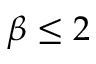
\beta \leq 2